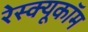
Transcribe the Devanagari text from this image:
रेस्क्यूकॉम